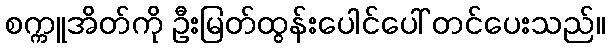
စက္ကူအိတ်ကို ဦးမြတ်ထွန်းပေါင်ပေါ် တင်ပေးသည်။